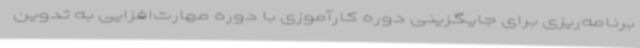
برنامه‌ریزی برای جایگزینی دوره کارآموزی با دوره مهارت‌افزایی به تدوین